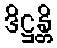
ဒိဋ္ဌန္တိ